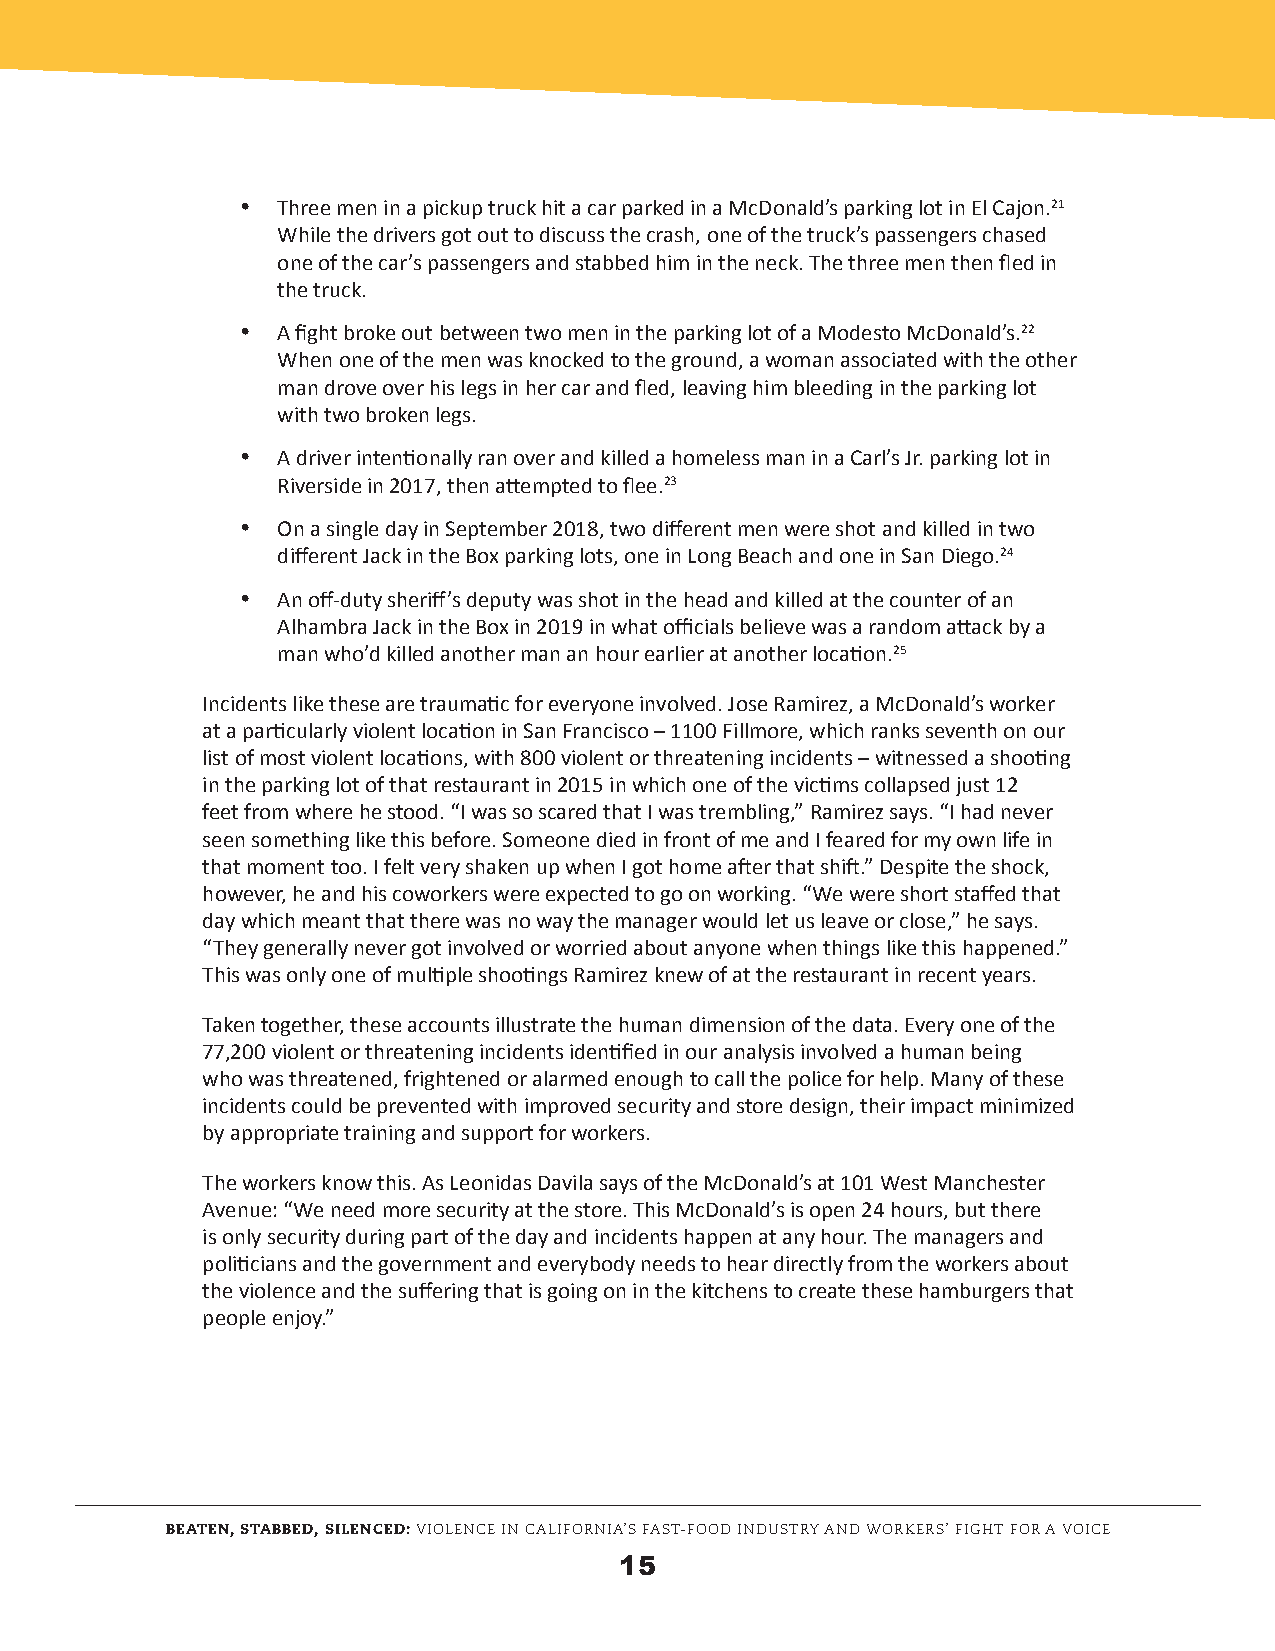
· Three men in a pickup truck hit a car parked in a McDonald’s parking lot in El Cajon.21
 While the drivers got out to discuss the crash, one of the truck’s passengers chased
 one of the car’s passengers and stabbed him in the neck. The three men then fled in
 the truck.
 · A fight broke out between two men in the parking lot of a Modesto McDonald’s.22
 When one of the men was knocked to the ground, a woman associated with the other
 man drove over his legs in her car and fled, leaving him bleeding in the parking lot
 with two broken legs.
 · A driver intentionally ran over and killed a homeless man in a Carl’s Jr. parking lot in
 Riverside in 2017, then attempted to flee.23
 · On a single day in September 2018, two different men were shot and killed in two
 different Jack in the Box parking lots, one in Long Beach and one in San Diego.24
 · An off-duty sheriff’s deputy was shot in the head and killed at the counter of an
 Alhambra Jack in the Box in 2019 in what officials believe was a random attack by a
 man who’d killed another man an hour earlier at another location.25
 Incidents like these are traumatic for everyone involved. Jose Ramirez, a McDonald’s worker
 at a particularly violent location in San Francisco – 1100 Fillmore, which ranks seventh on our
 list of most violent locations, with 800 violent or threatening incidents – witnessed a shooting
 in the parking lot of that restaurant in 2015 in which one of the victims collapsed just 12
 feet from where he stood. “I was so scared that I was trembling,” Ramirez says. “I had never
 seen something like this before. Someone died in front of me and I feared for my own life in
 that moment too. I felt very shaken up when I got home after that shift.” Despite the shock,
 however, he and his coworkers were expected to go on working. “We were short staffed that
 day which meant that there was no way the manager would let us leave or close,” he says.
 “They generally never got involved or worried about anyone when things like this happened.”
 This was only one of multiple shootings Ramirez knew of at the restaurant in recent years.
 Taken together, these accounts illustrate the human dimension of the data. Every one of the
 77,200 violent or threatening incidents identified in our analysis involved a human being
 who was threatened, frightened or alarmed enough to call the police for help. Many of these
 incidents could be prevented with improved security and store design, their impact minimized
 by appropriate training and support for workers.
 The workers know this. As Leonidas Davila says of the McDonald’s at 101 West Manchester
 Avenue: “We need more security at the store. This McDonald’s is open 24 hours, but there
 is only security during part of the day and incidents happen at any hour. The managers and
 politicians and the government and everybody needs to hear directly from the workers about
 the violence and the suffering that is going on in the kitchens to create these hamburgers that
 people enjoy.”
 BEATEN, STABBED, SILENCED: VIOLENCE IN CALIFORNIA’S FAST-FOOD INDUSTRY AND WORKERS’ FIGHT FOR A VOICE
 15